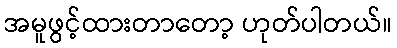
အမူဖွင့်ထားတာတော့ ဟုတ်ပါတယ်။